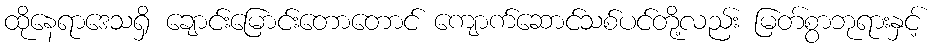
ထိုနေရာဒေသရှိ ချောင်းမြောင်းတောတောင် ကျောက်ဆောင်သစ်ပင်တို့လည်း မြတ်စွာဘုရားနှင့်